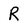
Character: R